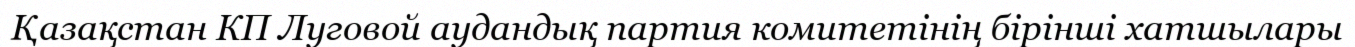
Қазақстан КП Луговой аудандық партия комитетінің бірінші хатшылары